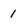
Character: L